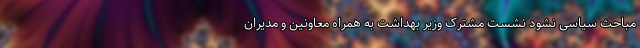
مباحث سیاسی نشود نشست مشترک وزیر بهداشت به همراه معاونین و مدیران